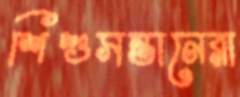
শিশুসন্তানেরা